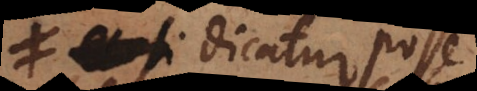
si dicatur posse